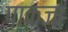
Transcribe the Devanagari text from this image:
पाकजा